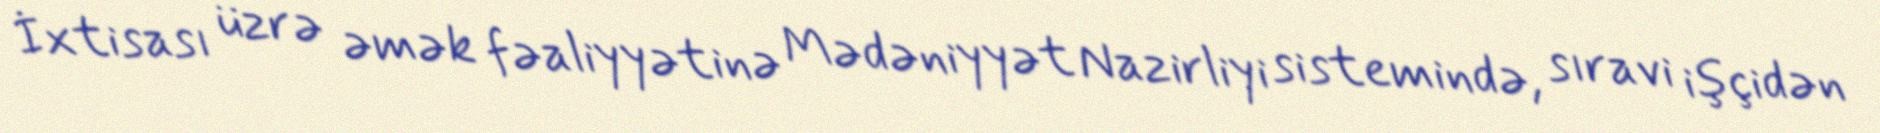
İxtisası üzrə əmək fəaliyyətinə Mədəniyyət Nazirliyi sistemində, sıravi işçidən